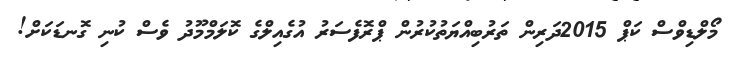
މޯލްޑިވްސް ކަޕް 2015ދަރިން ތަރުބިއްޔަތުކުރުން ޕްރޮފެސަރު އުގެއިލްގެ ކޮލަމްމޫދު ވެސް ކުނި ގޮނޑަކަށް!